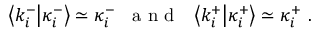
\begin{array} { r } { \left\langle k _ { i } ^ { - } \middle | \kappa _ { i } ^ { - } \right\rangle \simeq \kappa _ { i } ^ { - } \; \; \mathrm { ~ a ~ n ~ d ~ } \; \; \left\langle k _ { i } ^ { + } \middle | \kappa _ { i } ^ { + } \right\rangle \simeq \kappa _ { i } ^ { + } \ . } \end{array}